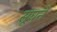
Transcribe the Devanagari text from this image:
सूघने